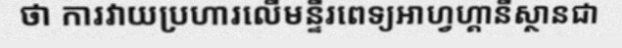
ថា ការវាយប្រហារលើមន្ទីរពេទ្យអាហ្វហ្គានីស្ថានជា